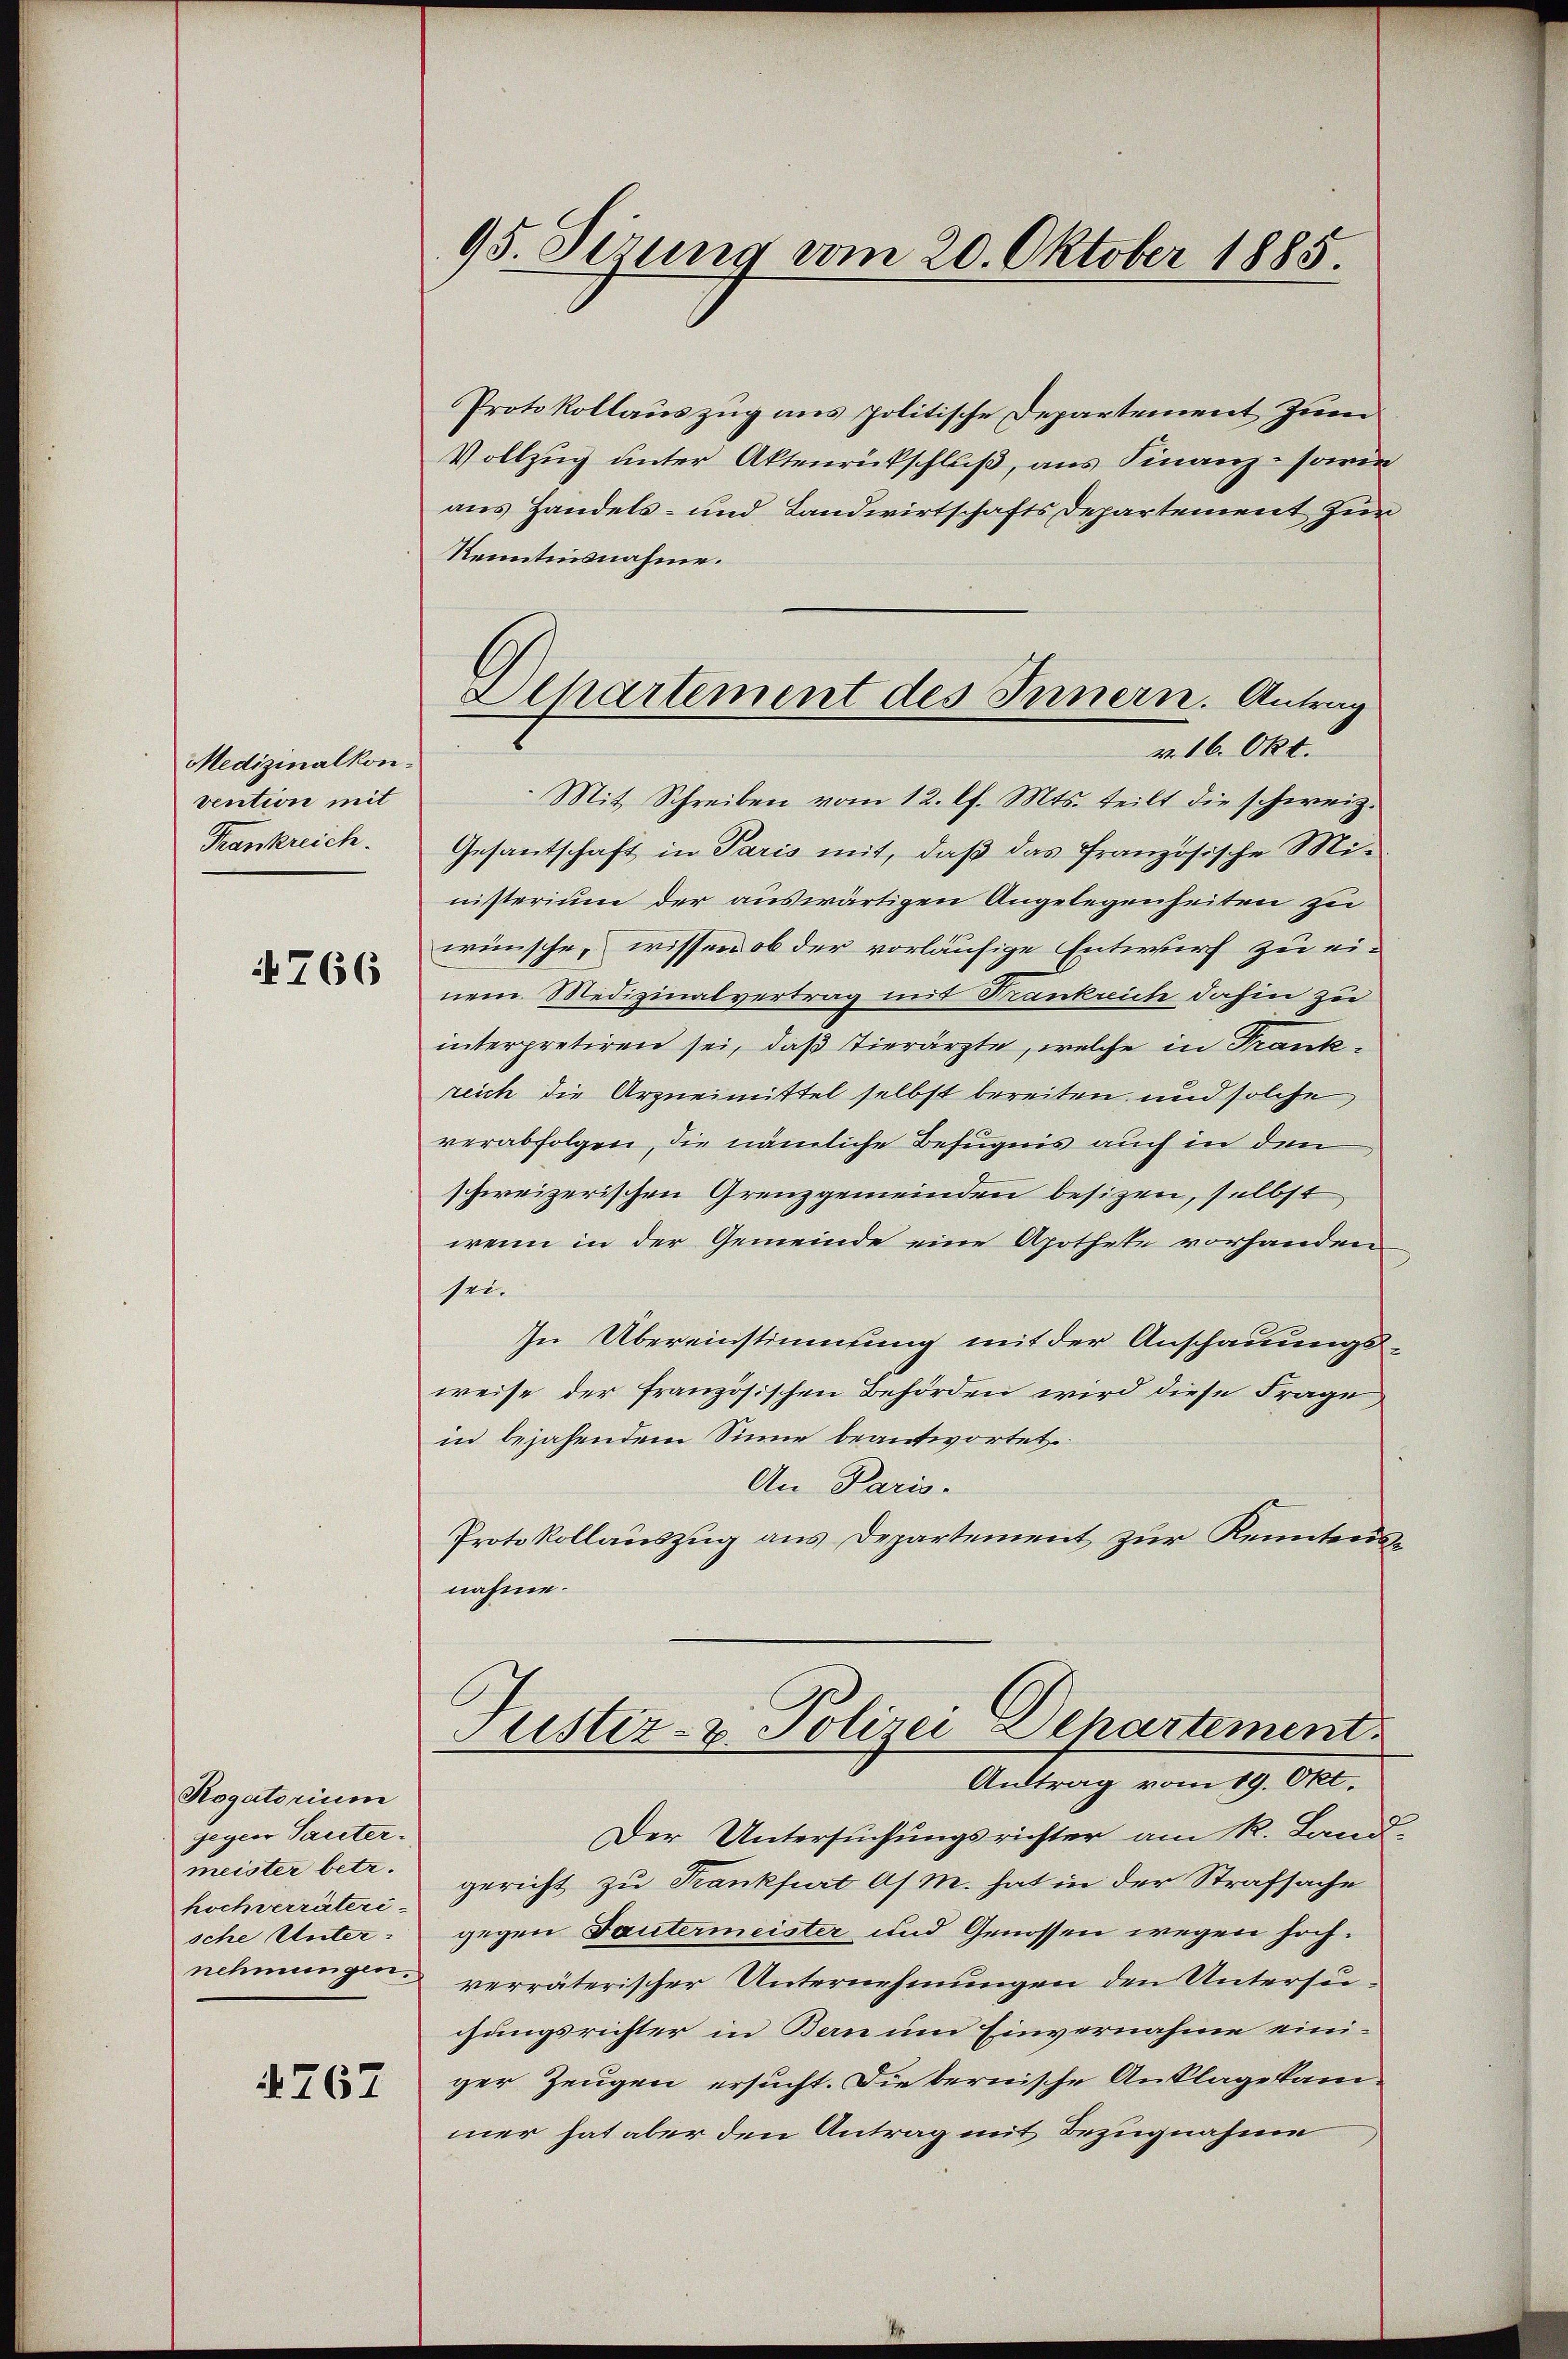
Medizinalkon
vention mit
Frankreich.

4766

Rogatorium
gegen Sautermeister betr.
hochverräteri-
sche Unternehmungen.

4767

95. Sitzung vom 20. Oktober 1885.

Eepartement des Innern. Antrag
v. 16. Okt.

Protokollauszug ans politische Departement zum
Vollzug unter Aktenrückschluß, aus Finanz- sowie
aus Handels- und Landwirtschafts Departement zur
Kenntnisnahme.
Mit Schreiben vom 12. l. Mts. teilt die schweiz.
Gesantschaft in Paris mit, daß das französische Ministerium der auswärtigen Angelegenheiten zu
wünsche, wissen ob der vorläufige Entwurf zu ei-
nem Medizinalvertrag mit Rankrich dahin zu
interpretiren sei, daß Tierärzte, welche in Frankreich die Arzneimittel selbst bereiten, und solche,
verabfolgen, die nämliche Befugnis auch in den
schweizerischen Grenzgemeinden besizen, selbst
wenn in der Gemeinde eine Apotheke vorhanden
sei.
In Übereinstimmung mit der Anschauungsweise der französischen Behörden wird diese Frage
in bejahendem Sinne beantwortet.
An Paris.
Protokollauszug aus Departement zur Kenntensnahme.
Justiz- & Polizei Departement
Antrag vom 19. Okt.
Der Untersuchungsrichter am R. Land-
gericht zu Frankfurt a/ M. hat in der Strafsache
gegen Tautermeister und Genossen wegen hochverräterischer Unternehmungen den Untersuchungsrichter in Bern um Einvernahme einiger Zeugen ersucht. Die bernische Anklage kam
mer hat aber den Antrag mit Bezugnahme